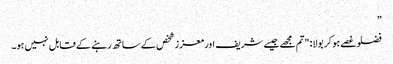
”
فضلو غصے ہو کر بولا: "تم مجھے جیسے شریف اور معزز شخص کے ساتھ رہنے کے قابل نہیں ہو۔